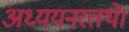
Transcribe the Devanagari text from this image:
अध्ययनरतथे।